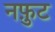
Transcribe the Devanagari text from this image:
नफ़ुट